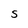
Character: S